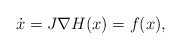
\begin{align*} \dot{x} = J\nabla H(x) = f(x),\end{align*}